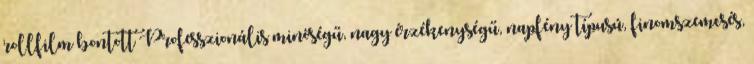
rollfilm bontott Professzionális minőségű, nagy érzékenységű, napfény típusú, finomszemcsés,